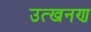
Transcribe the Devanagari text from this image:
उत्खनण